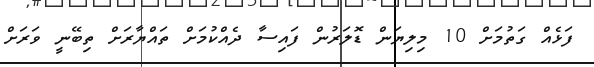
ފަޅެއް ގަތުމަށް 10 މިލިޔަން ޑޮލަރުން ފައިސާ ދެއްކުމަށް ތައްޔާރަށް ތިބޭނީ ވަރަށް